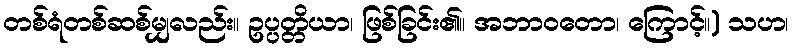
တစ်ရံတစ်ဆစ်မျှလည်း။ ဥပ္ပတ္တိယာ၊ ဖြစ်ခြင်း၏။ အဘာဝတော၊ ကြောင့်။) သဟ၊